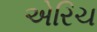
એરિચ